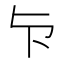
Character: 𭅴